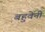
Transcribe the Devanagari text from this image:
बहुवेनी